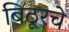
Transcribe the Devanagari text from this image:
बिठूरचे